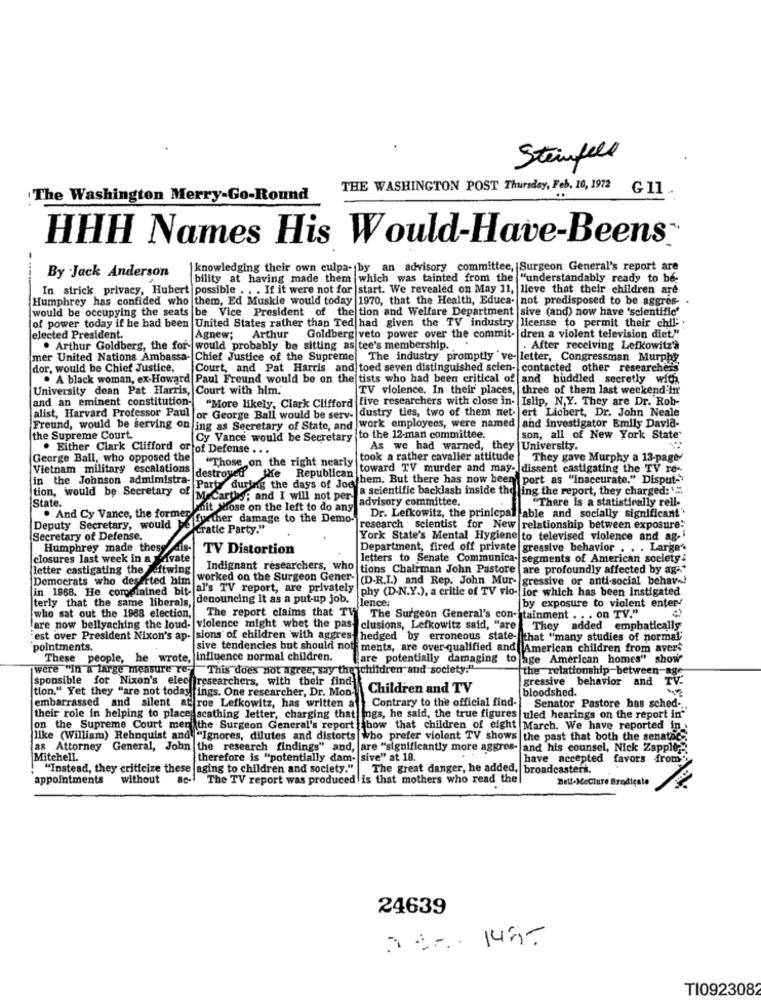
Steinfell
THE WASHINGTON POST Thursday, Feb, 10, 1972 G 11
The Washington Merry-Go-Round
HHH Names His Would-Have-Beens
knowledging their own culpa- by an advisory committee, Surgeon General's report are
By Jack Anderson
bility at having made them which was tainted from the "understandably ready to be-
In strick privacy, Hubert possible . . . If it were not for |start. We revealed on May 11, lieve that their children are
Humphrey has confided who them, Ed Muskie would today 1970, that the Health, Educa- not predisposed to be aggres- .
would be occupying the seats be Vice President of the tion and Welfare Department sive (and) now have 'scientific'
of power today if he had been United States rather than Ted had given the TV industry license to permit their chili :
elected President.
Agnew;
Arthur Goldberg veto power over the commit- dren a violent television diet.""
. Arthur Goldberg, the for- would probably be sitting as tee's membership.
. After receiving Lefkowitz's
mer United Nations Ambassa- Chief Justice of the Supreme The industry promptly ve- letter, Congressman Murphy
dor, would be Chief Justice.
Court, and Pat Harris and toed seven distinguished scien- contacted other researchers
. A black woman, ex-Howard Paul Freund would be on the tists who had been critical of and huddled secretly with
University dean Pat Harris, Court with him.
TV violence. In their' places, three of them last weekend in'
and an eminent constitution-
"More likely, Clark Clifford five researchers with close in-
Islip, N,Y. They are Dr. Rob-
or George Ball would be serv- dustry ties, two of them net- ert Licbert, Dr. John Neale
alist, Harvard Professor Paul
and investigator Emily David-
Freund, would be serving on ing as Secretary of State, and work employees, were named
the Supreme Court.
Cy Vance would be Secretary
to the 12-man committee.
son, all of New York State
. Either Clark Clifford or of Defense . ..
As we had warned, they
University.
George Ball, who opposed the
took a rather cavalier attitude
They gave Murphy a 13-page-
Vietnam military escalations
"Those on the right nearly
toward TV murder and may- dissent castigating the TV re-
in the Johnson admimistra-
destroyed the Republican
them. But there has now beenport as "inaccurate." Disput-
tion, would be Secretary of
Party during the days of Jody
Ya scientific backlash inside theling the report, they charged: ' ...
State.
MeCarths; and I will not per-
advisory committee.
"There is a statistically rell-
mit shose on the left to do any
. And Cy Vance, the former
futher damage to the Demo-
Dr. Lefkowitz, the prinicpal able and socially significant'
Deputy Secretary, would
cratic Party."
research scientist for New relationship between exposure:
Secretary of Defense.
York State's Mental Hygiene to televised violence and ag-'
Humphrey made thesy
TV Distortion
Department, fired off private gressive behavior . . . Large"
closures last week in a
rate
letters to Senate Communica- segments of American society:
letter castigating the
itwing
Indignant researchers, who tions Chairman John Pastore |are profoundly affected by ag-
Democrats who deserted him
worked on the Surgeon Gener- (D.R.I.) and Rep. John Mur- gressive or anti-social behave!
in 1968. He complained bit-
al's TV report, are privately phy (D-N.Y.), a critic of TV vio- for which has been instigated
terly that the same liberals,
denouncing it as a put-up job,
The report claims that TV
lence:
by exposure to violent enter-
who sat out the 1968 election,
The Surgeon General's con- tainment . .. on TV."
are now bellyaching the loud- violence might whet the past clusions, Lefkowitz said, "are
They
added emphatically
est over President Nixon's ap- sions of children with aggres hedged by erroneous state-that "many studies of normal"
pointments.
sive tendencies but should not
ments, are over-qualified and American children from avers
These people, he wrote, influence normal children.
fare potentially damaging tolage American homes" show
were "In a large measure res
"This does not agree, say the children and society."
the relationship between age
sponsible for Nixon's elec researchers, with their find
gressive behavior and
TV.
tion." Yet they "are not today ings. One researcher, Dr. Mon-
Children and TV
bloodshed.
Contrary to the official find-
embarrassed and silent at roe Lefkowitz, has written a
Senator Pastore has sched ...
their role in helping to place scathing letter, charging that
ings, he said, the true figures |uled hearings on the report in"
on the Supreme Court men the Surgeon General's report bow that children of eight March. We have reported in
like (William) Rehnquist and "Ignores, dilutes and distorts who prefer violent TV shows the past that both the senatnc-
as Attorney General, John the research findings" and, are "significantly more aggres- and his counsel, Nick Zapple-
Mitchell.
therefore is "potentially dam- sive" at 18.
have accepted favors from
"Instead, they criticize these aging to children and society."
The great danger, he added, broadcasters.
appointments
without
The TV report was produced is that mothers who read the
Bell-MeClure Syndicate
24639
Str. 148-
TI0923082